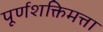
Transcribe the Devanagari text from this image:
पूर्णशक्तिमत्ता